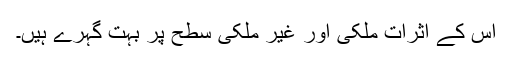
اس کے اثرات ملکی اور غیر ملکی سطح پر بہت گہرے ہیں۔